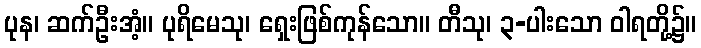
ပုန၊ ဆက်ဦးအံ့။ ပုရိမေသု၊ ရှေးဖြစ်ကုန်သော။ တီသု၊ ၃-ပါးသော ဝါရတို့၌။